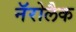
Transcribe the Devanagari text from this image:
नॅरोलैक